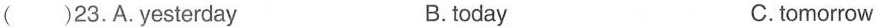
( )23.A.yesterday B.today C.tomorrow